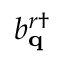
b _ { \mathbf { q } } ^ { r \dagger }